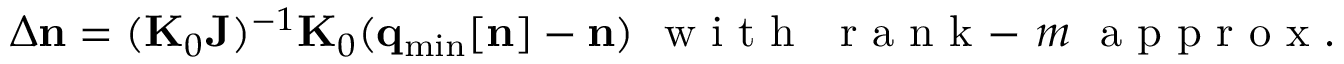
\Delta { \bf n } = ( { \bf K } _ { 0 } { \bf J } ) ^ { - 1 } { \bf K } _ { 0 } ( { \bf q } _ { \mathrm { m i n } } [ { \bf n } ] - { \bf n } ) ~ \mathrm { ~ w ~ i ~ t ~ h ~ ~ ~ r ~ a ~ n ~ k ~ - ~ } m ~ \mathrm { ~ a ~ p ~ p ~ r ~ o ~ x ~ . ~ }